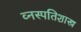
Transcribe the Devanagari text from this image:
व्नस्पतिशास्त्र